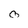
Character: o